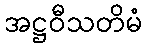
အဋ္ဌဝီသတိမံ